Report on vaccination in Madras 1895-1903 - 1895-1903
Year: 1895
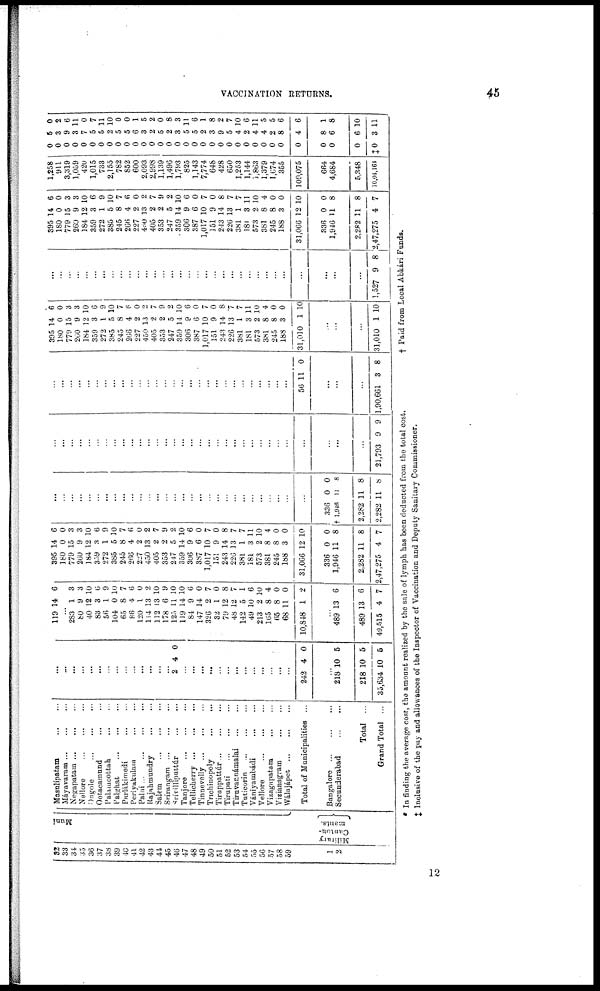
VACCINATION RETURNS.
45
32
33
34
35
36
37
38
39
40
41
42
43
42
45
46
47
48
49
50
51
52
53
54
55
56
57
58
59
1
2
Muni
Military
Canton¬
ments.
Masulipatam
...
...
Máyavaram
...
...
...
Negapatam
...
...
...
Nellore
...
...
...
Ongole ... ... ...
Ootacamund
...
...
Palamcottah
...
...
Palghat
...
...
...
Parlákimedi
...
...
...
Periyakulam ... ...
Palni
...
...
...
...
Rajahmundry
...
...
Salem
...
...
...
Srírangam
...
...
...
Srívillìputtúr
...
...
Tanjore
...
...
...
Tellicherry
...
...
...
Tinnevelly
...
...
...
Trichinopoly
...
...
Tiruppattúr
...
...
...
Tirupati
...
...
...
Tiruvannámalai
...
...
Tuticorin
...
...
...
Vániyambádi
...
...
Vellore
...
...
...
Vizagapatam ... ...
Vizianagram
...
...
Wálajápet
...
...
...
Total of Municipalities ...
Bangalore ... ... ...
Secunderabad
...
...
Total ...
Grand Total ...
...
...
...
...
...
...
...
...
...
...
...
...
...
...
2 4 0
...
...
...
...
...
...
...
...
...
...
...
...
...
242 4 0
...
218 1
218
35,634
10
10
10
5
5
5
119 14 6
...
283
80
40
83
56
104
65
86
120
114
112
178
125
119
84
147
326
32
79
48
142
49
213
165
65
68
10,848
1
9
12
3
1
0
8
4
1
13
13
6
11
14
9
14
2
1
12
12
5
10
2
8
8
11
1
3
3
10
6
9
10
7
6
0
2
10
9
10
10
6
0
7
0
8
7
1
6
10
4
0
0
2
...
489
489
49,515
13
13
4
6
6
7
395
180
779
260
184
359
272
385
245
266
227
450
405
353
247
359
306
387
1,017
151
243
226
381
181
573
381
245
188
31,066
336
1,946
2,282
2,47,275
14
0
15
9
12
3
1
5
8
4
2
13
2
2
5
14
9
6
10
9
14
13
1
3
2
8
8
3
12
0
11
11
4
6
0
3
3
10
6
9
10
7
6
0
2
7
9
2
10
6
0
7
0
8
7
7
11
10
4
0
0
10
0
8
8
7
...
...
...
...
...
...
...
...
...
...
...
...
...
...
...
...
...
...
...
...
...
...
...
...
...
...
...
...
...
336
†1,946
2,282
2,282
0
11
11
11
0
6
8
8
...
...
...
...
...
...
...
...
...
...
...
...
...
...
...
...
...
...
...
...
...
...
...
...
...
...
...
...
...
...
...
...
21,793 9 9
...
...
...
...
...
...
...
...
...
...
...
...
...
...
...
...
...
...
...
...
...
...
...
...
...
...
...
...
56 11 0
...
...
...
1,90,661 3 8
395
180
779
260
184
359
272
385
245
266
227
450
405
353
247
359
306
387
1,017
151
243
226
381
181
573
381
245
188
31,010
14
0
15
9
12
3
1
5
8
4
2
13
2
2
5
14
9
6
10
9
14
13
1
3
2
8
8
3
1
6
0
3
3
10
6
9
10
7
6
0
2
7
9
2
10
6
0
7
0
8
7
7
11
10
4
0
0
10
...
...
...
31,010 1 10
...
...
...
...
...
...
...
...
...
...
...
...
...
...
...
...
...
...
...
...
...
...
...
...
...
...
...
...
...
...
...
...
1,527 9 8
395
180
779
260
184
359
272
385
245
266
227
450
405
353
247
359
306
387
1,017
151
243
226
381
181
573
381
245
188
31,066
336
1,946
2,282
2,47,275
14
0
15
9
12
3
1
5
8
4
2
13
2
2
5
14
9
6
10
9
14
13
1
3
2
8
8
3
12
0
11
11
4
6
0
3
3
10
6
9
10
7
6
0
2
7
9
2
10
6
0
7
0
8
7
7
11
10
4
0
0
10
0
8
8
7
1,258
911
3,319
1,059
420
1,015
733
2,155
782
852
600
2,093
2,998
1,139
1,496
1,793
825
1,143
7,774
648
428
650
1,253
1,144
1,863
1,379
1,674
355
109,075
664
4,684
5,348
10,04,161
0
0
0
0
0
0
0
0
0
0
0
0
0
0
0
0
0
0
0
0
0
0
0
0
0
0
0
0
0
0
0
0
‡0
5
3
9
3
7
5
5
2
5
5
6
3
2
5
2
3
5
5
2
3
9
5
4
2
4
4
2
8
4
8
6
6
3
0
2
6
11
0
7
11
10
0
0
1
5
2
0
8
3
11
6
1
8
2
7
10
6
11
5
5
6
6
1
8
10
11
* In finding the average cost, the amount realized by the sale of lymph has been deducted from the total cost.
† Paid from Local Abkári Funds.
‡ Inclusive of the pay and allowances of the Inspector of Vaccination and Deputy Sanitary Commissioner.
12